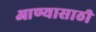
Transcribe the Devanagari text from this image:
आण्यासाठी